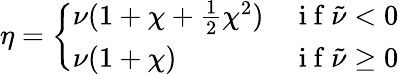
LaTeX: \eta=\left\{ \begin{array}{ll}{\nu(1+\chi+\frac{1}{2}\chi^{2})}&{\mathrm{~i~f~}\tilde{\nu}<0}\\ {\nu(1+\chi)}&{\mathrm{~i~f~}\tilde{\nu}\geq 0}\end{array}\right.